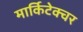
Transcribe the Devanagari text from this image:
मार्किटेक्चर